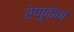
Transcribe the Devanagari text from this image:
रेणुकेचा